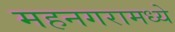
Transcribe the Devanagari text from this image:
महनगरामध्ये